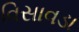
વિસાવડા